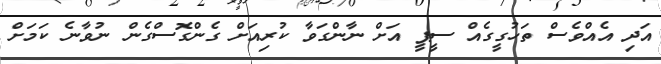
އަދި އެއްވެސް ތަހުގީގެއް ސީޕީ އަށް ނާންގަވާ ކުރިއަށް ގެންގޮސްގެން ނުވާނެ ކަމަށް